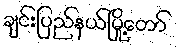
ချင်းပြည်နယ်မြို့တော်